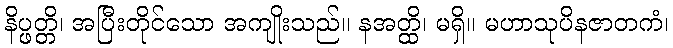
နိပ္ဖတ္တိ၊ အပြီးတိုင်သော အကျိုးသည်။ နအတ္ထိ၊ မရှိ။ မဟာသုပိနဇာတကံ၊